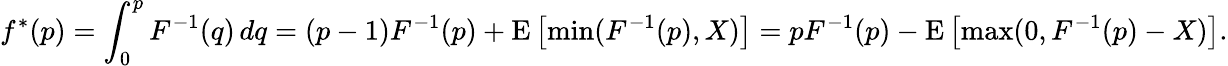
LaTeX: f^{*}(p)=\int_{0}^{p}F^{-1}(q)\, dq=(p-1)F^{-1}(p)+\operatorname{E}\left[\operatorname*{min}(F^{-1}(p),X)\right]=pF^{-1}(p)-\operatorname{E}\left[\operatorname*{max}(0,F^{-1}(p)-X)\right].